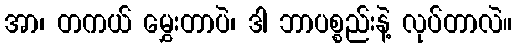
အာ၊ တကယ် မွှေးတာပဲ၊ ဒါ ဘာပစ္စည်းနဲ့ လုပ်တာလဲ။